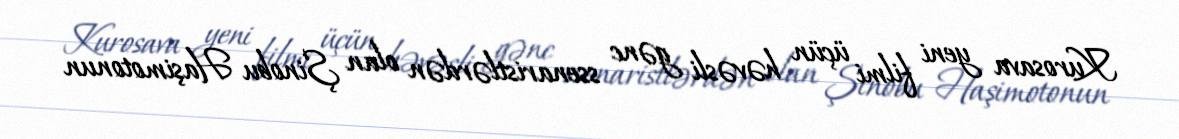
Kurosava yeni filmi üçün həvəsli gənc ssenaristlərdən olan Şinobu Haşimotonun